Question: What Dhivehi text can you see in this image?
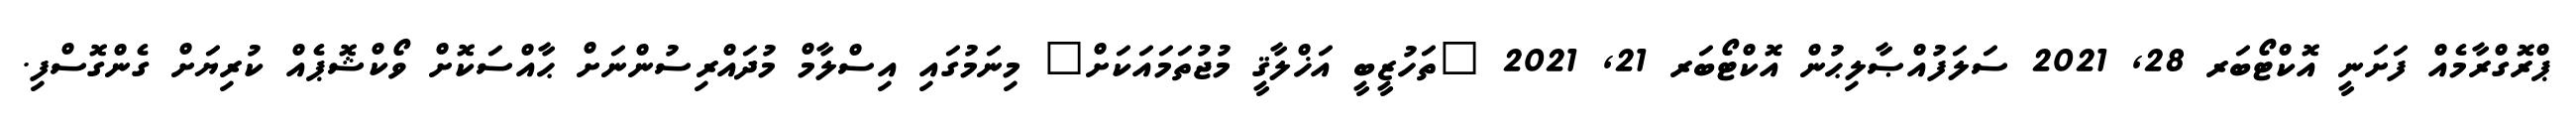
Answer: ޕްރޮގްރާމެއް ފަށަނީ އޮކްޓޯބަރ 28, 2021 ސަލަފުއްޞާލިޙުން އޮކްޓޯބަރ 21, 2021 "ތަހުޒީބީ އަޚްލާޤީ މުޖުތަމައަކަށް" މިނަމުގައި އިސްލާމް މުދައްރިސުންނަށް ޙާއްސަކޮށް ވޯކްޝޮޕެއް ކުރިޔަށް ގެންގޮސްފި.